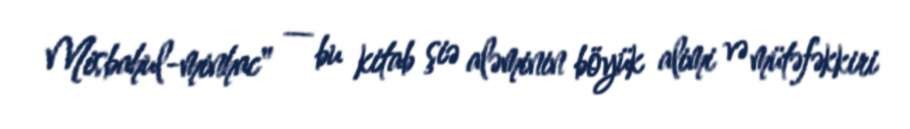
Misbahul-minhac" — bu kitab şiə aləminin böyük alimi və mütəfəkkiri